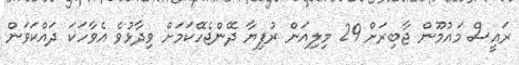
ރައީސް މައުމޫން ޖާބިރަށް 29 މިލިއަން ރުފިޔާ ދޭންޖެހޭކަމަށް ވިދާޅުވެ އެވާހަކަ ދައްކަވަން